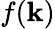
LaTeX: f(\mathbf{k})